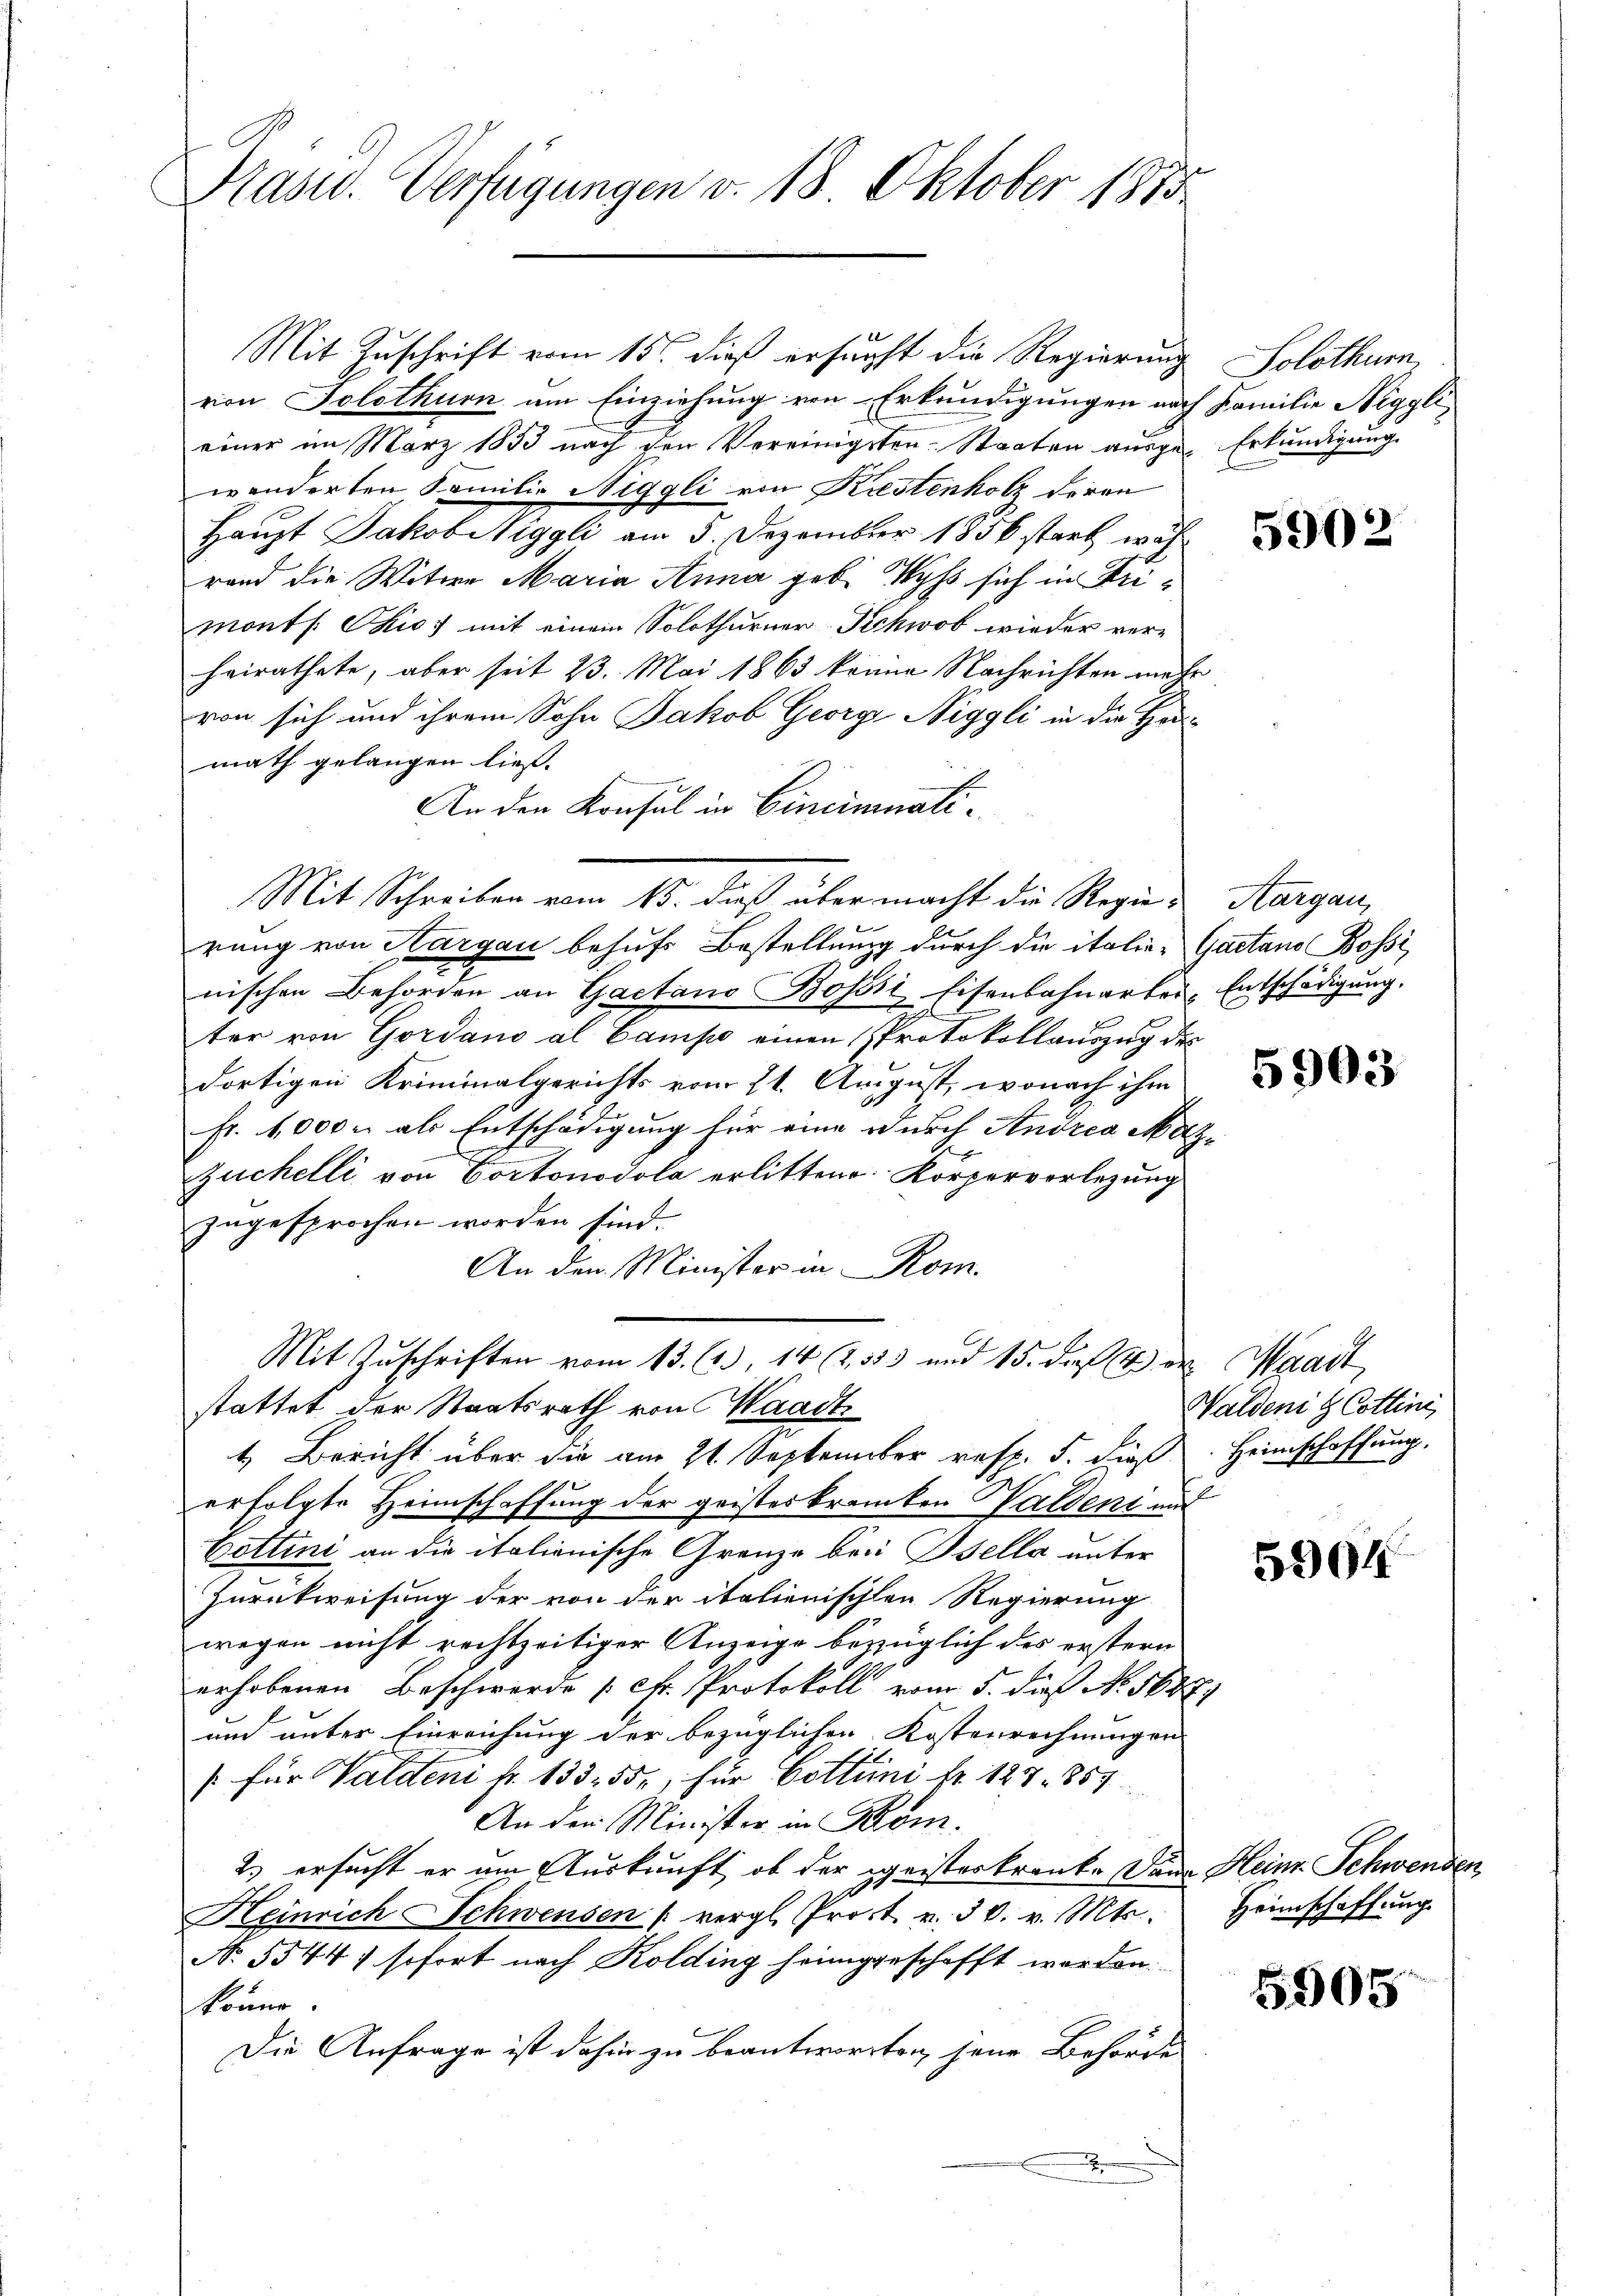
Präsid. Verfügungen v. 18. Oktober 1815

Mit Zuschrift vom 15. dieß ersucht die Regierung
von Solothurn am Einziehung von Erkundigungen nach Familie Niggli
einer im März 1833 nach den Vereinigsten. Staaten aŭsge-Erkundigung.
wänderten Familie Niggli von Kistenholz deren
Haupt Jakob Wiggli am 5. Dezember 1856 stark währand die Witwe Maria Anna geb. Wyss sich in Urimonts Skio; mit einem Solothurner Sehwob wieder verheirathete, aber seit 23. Mai 1863 könne Nachrichten mehr
von sich und ihrem Sohn Jakob Georg Niggli in die Hanmath gelangen ließ.
An den Konsul in Cinciminati¬
Mit Schreiben vom 15. dieß über macht die Regie-Aargau,
rung von Nargau behufs Bestellung durch die italie- Gaetano Bossi
nischen Behörden an Gaetano Bossii Eisenbahnarber, Entschädigung.
ter von Gordano al Campe einen Protokollauszug des
dortigen Kriminalgerichts vom 21. August, wonach ihm
Fr. 4,000 als Entschädigung für eine durch Andrea Maz¬
Zuchelli von Portonodola erlittene Körperverlegung
zugesprochen worden sind.
An den Minister in Rom.
Mit Zuschriften vom 13. (2.) 14 (1333 und 15. die 4 der Waadt,
stattet der Staatsrath von Waadt
4. Bericht über die am 21. September resp. 5. dieß Heimschaffung,
erfolgte Heimschaffung der geisterkranken Waldent und
Cottini an die italienische Granze bei Osella unter
Zurückweisung der von der italienischen Regierung
wegen nicht rechtzeitiger Anzeige bezüglich des erstern
erhobenen Beschwerde [cfr. Protokoll vom 5. dieß No. 5687.
und unter Einreichung der bezüglichen Kostenrechnungen
) für Waldeni fr. 133. 55, für Cottuni l. 127. 854
An den Minister in Rom.
2) ersucht er um Auskunft, ob der geisteskranke Dann Heine Schwenden,
 xx
Heinrich Schwensen /: vergl. Prost. v. 30. v. Mts.
No. 5544 f sofort nach Kolding heimgeschafft worden.
könne.
Die Anfrage ist dahin zu beantworten jene Behörde
x

Solothurn

5902

5903

Waldeni & Cottini

5904

Heimschaffung

5905